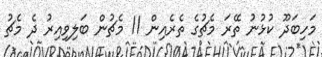
މަހިބަދޫ ކުޅުނު ތޭރަ މެޗުގެ ތެރެއިން 11 މެޗުން ބަލިވިއިރު ދެ މެޗު